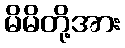
မိမိတို့အား